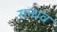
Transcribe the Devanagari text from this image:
सन्धव